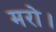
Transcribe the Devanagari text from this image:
मरो।